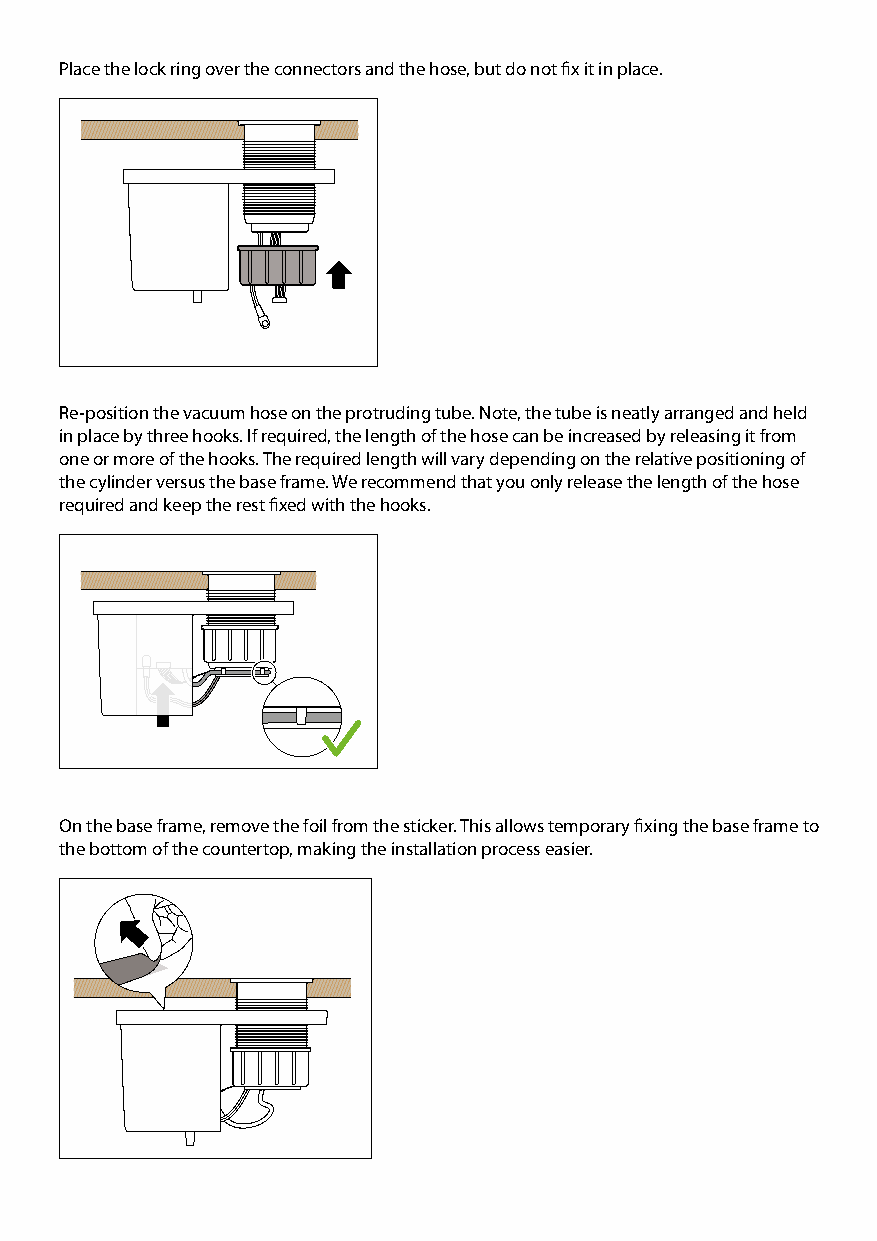
Place the lock ring over the connectors and the hose, but do not fix it in place.
 Re-position the vacuum hose on the protruding tube. Note, the tube is neatly arranged and held
 in place by three hooks. If required, the length of the hose can be increased by releasing it from
 one or more of the hooks. The required length will vary depending on the relative positioning of
 the cylinder versus the base frame. We recommend that you only release the length of the hose
 required and keep the rest fixed with the hooks.
 On the base frame, remove the foil from the sticker. This allows temporary fixing the base frame to
 the bottom of the countertop, making the installation process easier.